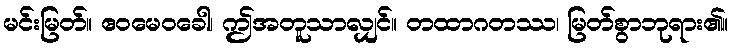
မင်းမြတ်။ ဧဝမေဝခေါ၊ ဤအတူသာလျှင်။ တထာဂတဿ၊ မြတ်စွာဘုရား၏။